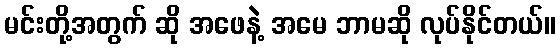
မင်းတို့အတွက် ဆို အဖေနဲ့ အမေ ဘာမဆို လုပ်နိုင်တယ်။